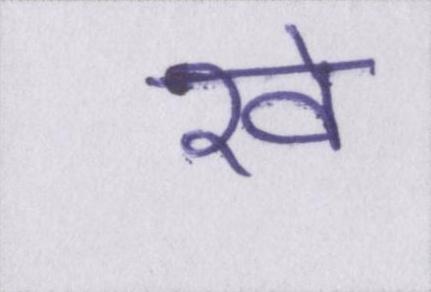
रवे